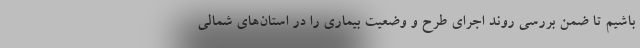
باشیم تا ضمن بررسی روند اجرای طرح و وضعیت بیماری را در استان‌های شمالی